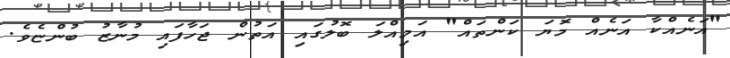
"އަނެއްކާ އަނެއް މޮޔަ ކަންތައް" އަމިއްލަ ބޮލުގައި އަތުން ޖަހާފައި މުނާޒު ބުންޏެވެ.